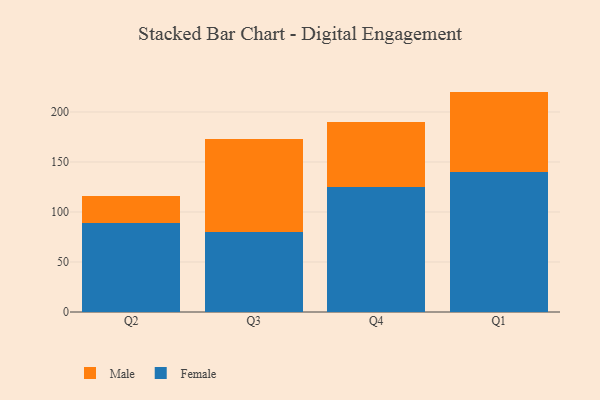
{"axis": {"x": "Quarter", "y": "Net Income (USD K)"}, "legend": ["Female", "Male"], "data": [{"x": "Q2", "y": 88.8, "type": "Female"}, {"x": "Q2", "y": 27.5, "type": "Male"}, {"x": "Q3", "y": 80.2, "type": "Female"}, {"x": "Q3", "y": 92.6, "type": "Male"}, {"x": "Q4", "y": 125.3, "type": "Female"}, {"x": "Q4", "y": 64.8, "type": "Male"}, {"x": "Q1", "y": 140.4, "type": "Female"}, {"x": "Q1", "y": 80.0, "type": "Male"}]}